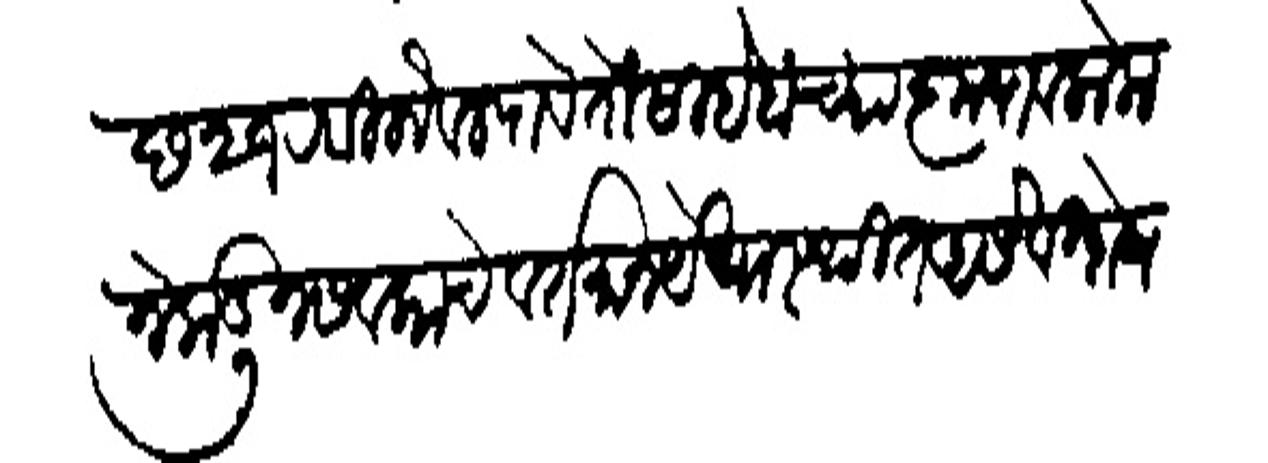
Transliteration (Devanagari): छ २१ रबिलोवल पावेतों साहेबांच्या कृपावलोकनेकडून सबकाचे वर्तमान येवास्थित असे विशेष